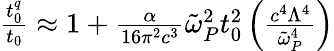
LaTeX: \begin{array}{r}{\frac{t_{0}^{q}}{t_{0}}\approx 1+\frac{\alpha}{16\pi^{2}c^{3}}\tilde{\omega}_{P}^{2}t_{0}^{2}\left(\frac{c^{4}\Lambda^{4}}{\tilde{\omega}_{P}^{4}}\right)}\end{array}